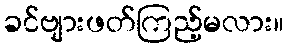
ခင်ဗျားဖတ်ကြည့်မလား။